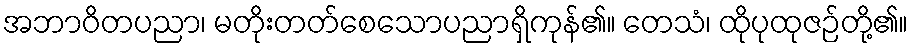
အဘာဝိတပညာ၊ မတိုးတတ်စေသောပညာရှိကုန်၏။ တေသံ၊ ထိုပုထုဇဉ်တို့၏။